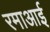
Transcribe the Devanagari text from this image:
रमाआई